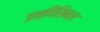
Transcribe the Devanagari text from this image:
इन्विंसिबल